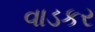
વાડકર